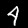
Label: 4